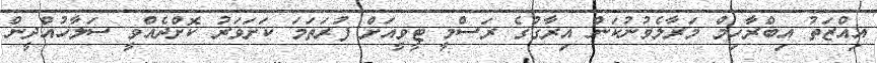
އިއްޒަތު އިބްރާހިމް މަރާލެވުނުކަން އިރާގުގެ ރަސްމީ ޓީވީއަށް ފުރަތަމަ ކަށަވަރު ކޮށްދެއްވީ ސަލާހުއްދީން